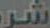
شر